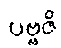
ပဗ္ဗဇိ